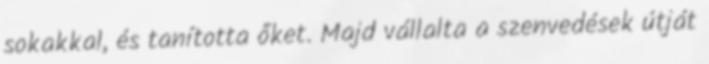
sokakkal, és tanította őket. Majd vállalta a szenvedések útját